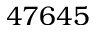
4 7 6 4 5